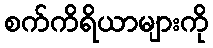
စက်ကိရိယာများကို